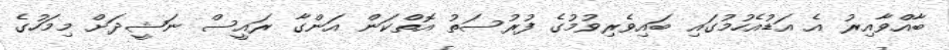
ބާއްވާއިރު އެ އަޑުއެހުމުގައި ބައިވެރިވުމުގެ ފުރުސަތު އޮތްކަން އަންގާ ރައީސް ނަޝީދަށް މިމަހުގެ